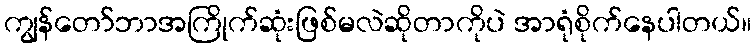
ကျွန်တော်ဘာအကြိုက်ဆုံးဖြစ်မလဲဆိုတာကိုပဲ အာရုံစိုက်နေပါတယ်။